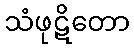
သံဖုဋိတော